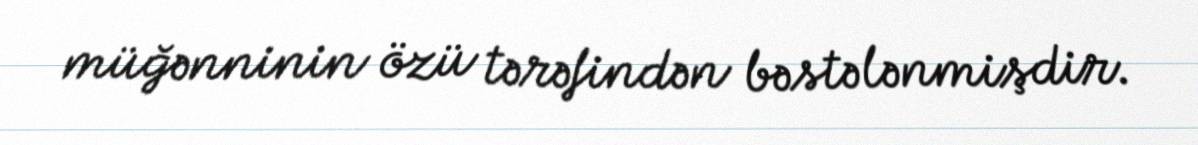
müğənninin özü tərəfindən bəstələnmişdir.